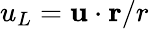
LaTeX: u_{L}={\mathbf u}\cdot{\mathbf r}/r